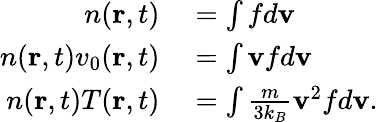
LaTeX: \begin{array}{rl}{n(\mathbf{r},t)}&{{}=\int fd\mathbf{v}}\\ {n(\mathbf{r},t)v_{0}(\mathbf{r},t)}&{{}=\int\mathbf{v}fd\mathbf{v}}\\ {n(\mathbf{r},t)T(\mathbf{r},t)}&{{}=\int{\frac{m}{3k_{B}}}\mathbf{v}^{2}fd\mathbf{v}.}\end{array}